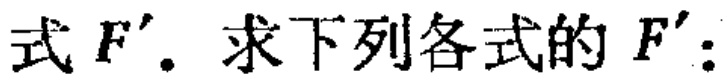
式 \(F'\). 求下列各式的 \(F'\)：